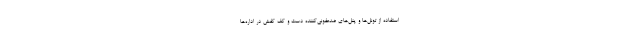
استفاده از تونل‌ها و پنل‌های ضدعفونی‌کننده دست و کف کفش در اداره‌ها